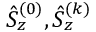
\hat { S } _ { z } ^ { ( 0 ) } , \hat { S } _ { z } ^ { ( k ) }